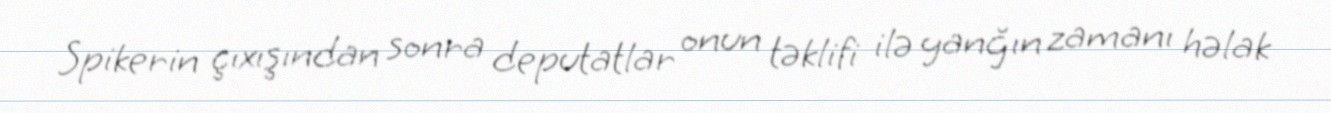
Spikerin çıxışından sonra deputatlar onun təklifi ilə yanğın zamanı həlak